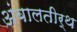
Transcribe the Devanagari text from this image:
अंबालतीर्थ